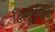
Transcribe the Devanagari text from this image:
डिस्प्लासिया